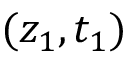
( z _ { 1 } , t _ { 1 } )